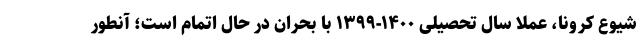
شیوع کرونا، عملا سال تحصیلی ۱۴۰۰-۱۳۹۹ با بحران در حال اتمام است؛ آنطور